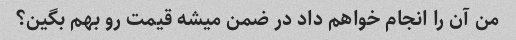
من آن را انجام خواهم داد در ضمن میشه قیمت رو بهم بگین؟